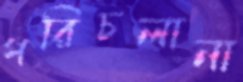
পরিচলানা